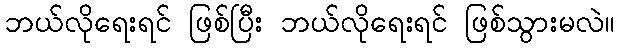
ဘယ်လိုရေးရင် ဖြစ်ပြီး ဘယ်လိုရေးရင် ဖြစ်သွားမလဲ။